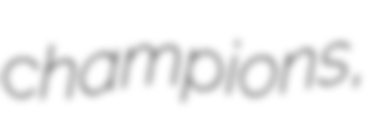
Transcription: champions,